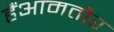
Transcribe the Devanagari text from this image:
हैंआमतौर